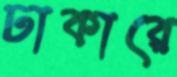
ঢাকারে